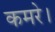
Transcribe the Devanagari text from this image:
कमरे।